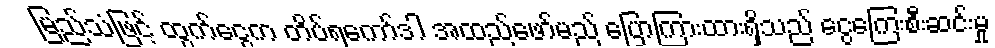
မြည်သံဖြင့် ထွက်ငွေက တိပ်ရကော်ဒါ အထည်ဖော်မည် ပြောကြားထားရှိသည် ငွေကြေးစီးဆင်းမှု